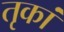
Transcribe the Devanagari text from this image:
तृकां